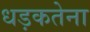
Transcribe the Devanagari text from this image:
धड़कतेना